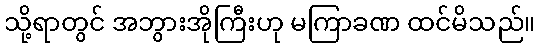
သို့ရာတွင် အဘွားအိုကြီးဟု မကြာခဏ ထင်မိသည်။